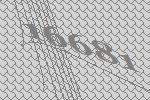
16681